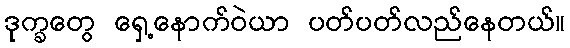
ဒုက္ခတွေ ရှေ့နောက်ဝဲယာ ပတ်ပတ်လည်နေတယ်။